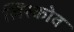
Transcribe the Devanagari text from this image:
लिस्कोव